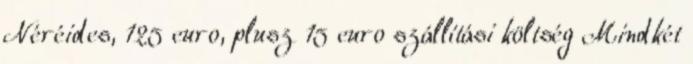
Néréides, 125 euro, plusz 15 euro szállítási költség Mindkét